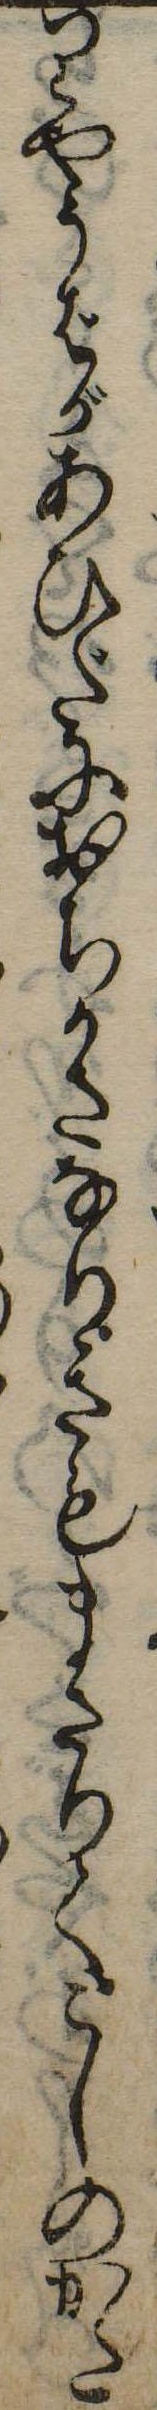
りやうばがあひだにおちかさなりきもまさりてこしのかた